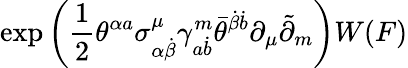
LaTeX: \exp\left(\frac 12\theta^{\alpha a}\sigma_{\alpha\dot{\beta}}^{\mu}\gamma_{a\dot{b}}^{m}\bar{\theta}^{\dot{\beta}\dot{b}}\partial_{\mu}\tilde{\partial}_{m}\right)W(F)